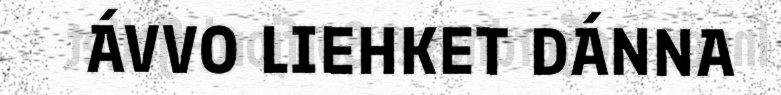
ÁVVO LIEHKET DÁNNA